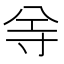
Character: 𡬦